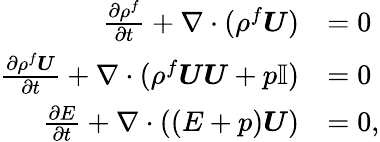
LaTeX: \begin{array}{rl}{\frac{\partial\rho^{f}}{\partial t}+\nabla\cdot(\rho^{f}\boldsymbol{U})}&{=0}\\ {\frac{\partial\rho^{f}\boldsymbol{U}}{\partial t}+\nabla\cdot(\rho^{f}\boldsymbol{U}\boldsymbol{U}+p\mathbb{I})}&{=0}\\ {\frac{\partial E}{\partial t}+\nabla\cdot((E+p)\boldsymbol{U})}&{=0,}\end{array}